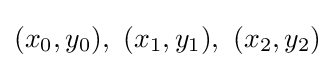
(x_{0},y_{0}),~(x_{1},y_{1}),~(x_{2},y_{2})